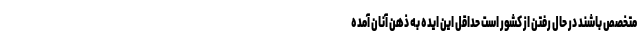
متخصص باشند در حال رفتن از کشور است حداقل این ایده به ذهن آنان آمده